Annual administration and progress report of the Indian Medical Department, Bombay
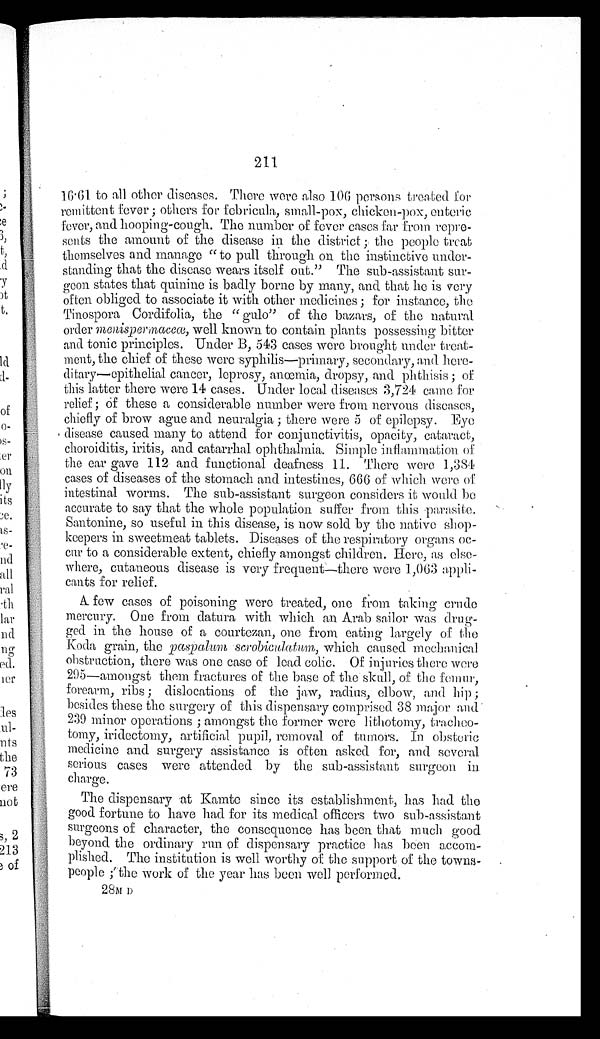
211
16.61 to all other diseases. There were also 106 persons treated for
remittent fever; others for febricula, small-pox, chicken-pox, enteric,
fever, and hooping-cough. The number of fever cases far from repre
-
sents the amount of the disease in the district; the people treat
themselves and manage "to pull through on the instinctive under
-
standing that the disease wears itself out." The sub-assistant sur
-
geon states that quinine is badly borne by many, and that he is very
often obliged to associate it with other medicines; for instance, the
Tinospora Cordifolia, the "gulo" of the bazars, of the natural
order menispermaceœ, well known to contain plants possessing bitter
and tonic principles. Under B, 543 cases were brought under treat
-
ment, the chief of these were syphilis—primary, secondary, and here
-
ditary—epithelial cancer, leprosy, anœmia, dropsy, and phthisis; of
this latter there were 14 cases. Under local diseases 3,724 came for
relief; of these a considerable number were from nervous diseases,
chiefly of brow ague and neuralgia; there were 5 of epilepsy. Eye
disease caused many to attend for conjunctivitis, opacity, cataract,
choroiditis, iritis, and catarrhal ophthalmia. Simple inflammation of
the ear gave 112 and functional deafness 11. There were 1,384
cases of diseases of the stomach and intestines, 666 of which were of
intestinal worms. The sub-assistant surgeon considers it would be
accurate to say that the whole population suffer from this parasite.
Santonine, so useful in this disease, is now sold by the native shop
-
keepers in sweetmeat tablets. Diseases of the respiratory organs oc
-
cur to a considerable extent, chiefly amongst children. Here, as else
-
where, cutaneous disease is very frequent—there were 1,063 appli
-
cants for relief.
A few cases of poisoning were treated, one from taking crude
mercury. One from datura with which an Arab sailor was dru-
ged in the house of a courtezan, one from eating largely of the
Koda grain, the paspalum scrobiculatum, which caused mechanical
obstruction, there was one case of lead colic. Of injuries there were
295—amongst them fractures of the base of the skull, of the femur,
forearm, ribs; dislocations of the jaw, radius, elbow, and hip;
besides these the surgery of this dispensary comprised 38 major and
239 minor operations; amongst the former were lithotomy, tracheo-
tomy, iridectomy, artificial pupil, removal of tumors. In obsteric
medicine and surgery assistance is often asked for, and several
serious cases were attended by the sub-assistant surgeon in
charge.
The dispensary at Kamte since its establishment, has had the
good fortune to have had for its medical officers two sub-assistant
surgeons of character, the consequence has been that much good
beyond the ordinary run of dispensary practice has been accom
-
plished. The institution is well worthy of the support of the towns
-
people; the work of the year has been well performed.
28M D